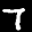
Label: 7